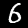
Digit: 6